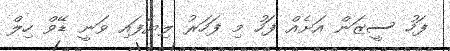
ފަހު ސީޒަން އަށެއް ފަހު މި ފަހަރު ލިޔެފައި ވަނީ ޑޭވް ހިލް